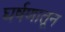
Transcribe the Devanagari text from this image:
घर्षणातून